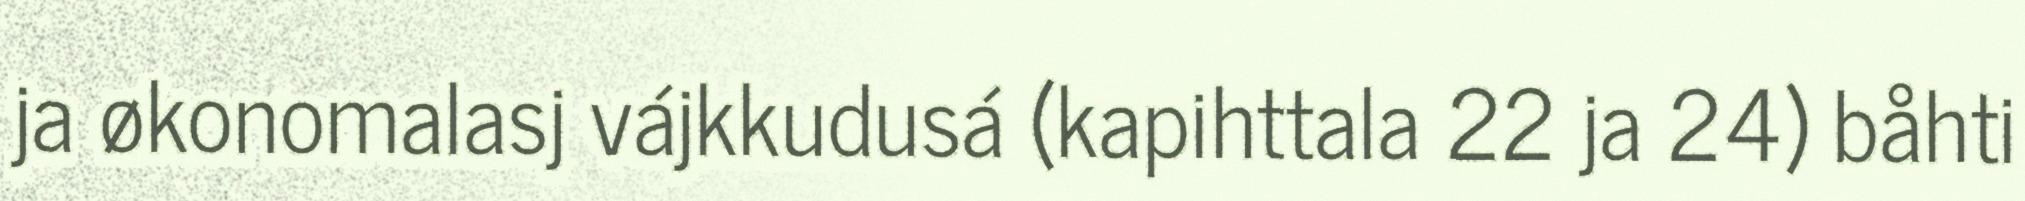
ja økonomalasj vájkkudusá (kapihttala 22 ja 24) båhti